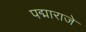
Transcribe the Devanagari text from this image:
पद्माराजे